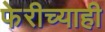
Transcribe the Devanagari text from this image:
फेरीच्याही